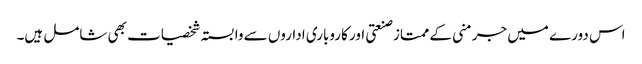
اس دورے میں جرمنی کے ممتاز صنعتی اور کاروباری اداروں سے وابستہ شخصیات بھی شامل ہیں۔